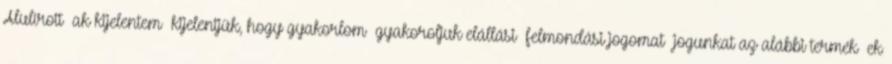
Alulírott ak kijelentem kijelentjük, hogy gyakorlom gyakoroljuk elállási felmondási jogomat jogunkat az alábbi termék ek